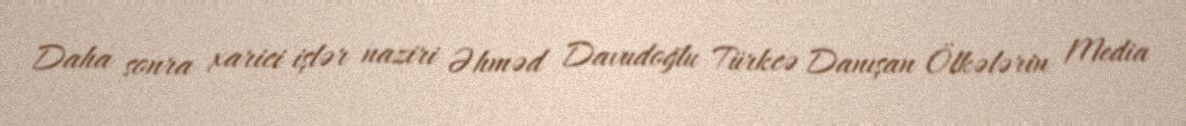
Daha sonra xarici işlər naziri Əhməd Davudoğlu Türkcə Danışan Ölkələrin Media